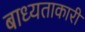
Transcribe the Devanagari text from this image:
बाध्यताकारी